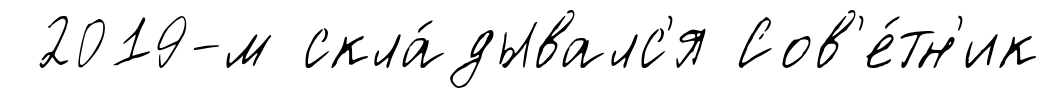
2019-м скла́дывалс'я Сов'е́тн'ик